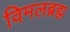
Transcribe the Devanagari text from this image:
विमलब्रह्म